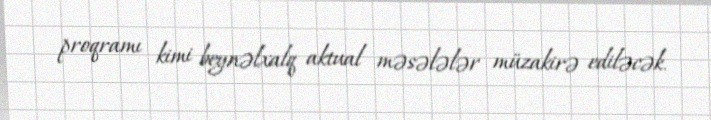
proqramı kimi beynəlxalq aktual məsələlər müzakirə ediləcək.